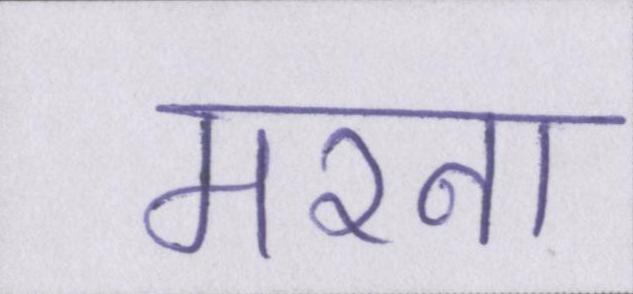
मरना